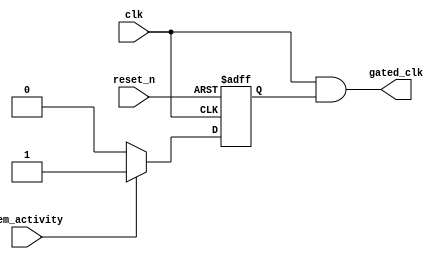
module dynamic_clock_gating (
    input wire clk,                   // Main clock signal
    input wire reset_n,               // Active low reset
    input wire mem_activity,           // Signal indicating read/write activity
    output wire gated_clk              // Gated clock output
);

    reg gating_signal;                 // Signal to control clock gating
    reg clk_gate;                      // Gated clock register

    // Generate the gating signal based on memory activity
    always @(posedge clk or negedge reset_n) begin
        if (!reset_n) begin
            gating_signal <= 1'b1;     // Enable clock by default
        end else begin
            // If memory activity is detected, keep the gating signal to enable clock
            if (mem_activity) begin
                gating_signal <= 1'b1; 
            end else begin
                // If no activity is detected, disable the clock after a delay
                gating_signal <= 1'b0; 
            end
        end
    end

    // Clock gating logic
    assign gated_clk = clk & gating_signal;

endmodule